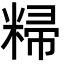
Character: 𬖥